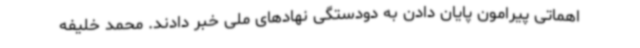
اهماتی پیرامون پایان دادن به دودستگی نهادهای ملی خبر دادند. محمد خلیفه